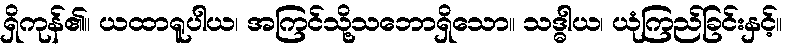
ရှိကုန်၏။ ယထာရူပါယ၊ အကြင်သို့သဘောရှိသော။ သဒ္ဓါယ၊ ယုံကြည်ခြင်းနှင့်။